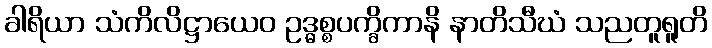
ခါရိယာ သံကိလိဋ္ဌာယေဝ ဥဒ္ဓစ္စပက္ခိကာနိ နာတိသီဃံ သညတူရူတိ